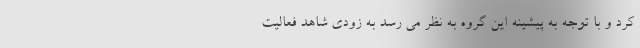
کرد و با توجه به پیشینه این گروه به نظر می رسد به زودی شاهد فعالیت